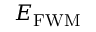
E _ { \mathrm { F W M } }